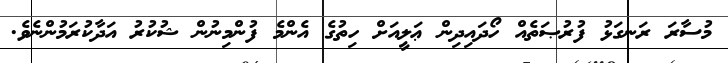
މުސާރަ ރަނގަޅު ފުރުޞަތެއް ހޯދައިދިން ޢަލީއަށް ހިތުގެ އެންމެ ފުންމިނުން ޝުކުރު އަދާކުރަމުންނެވެ.